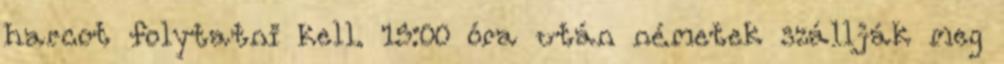
harcot folytatni kell. 15:00 óra után németek szállják meg